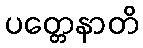
ပတ္တေနာတိ